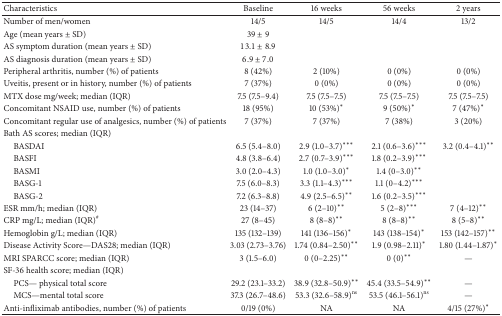
<table><thead><tr><td><b>Characteristics</b></td><td><b>Baseline </b></td><td><b>16 weeks </b></td><td><b>56 weeks </b></td><td><b>2 years </b></td></tr></thead><tbody><tr><td>Number of men/women </td><td>14/5</td><td>14/5</td><td>14/4 </td><td>13/2</td></tr><tr><td>Age (mean years ± SD)</td><td>39 ± 9</td><td> </td><td> </td><td> </td></tr><tr><td>AS symptom duration (mean years ± SD)</td><td>13.1 ± 8.9</td><td> </td><td> </td><td> </td></tr><tr><td>AS diagnosis duration (mean years ± SD)</td><td>6.9 ± 7.0</td><td> </td><td> </td><td> </td></tr><tr><td>Peripheral arthritis, number (%) of patients</td><td>8 (42%)</td><td>2 (10%)</td><td>0 (0%)</td><td>0 (0%)</td></tr><tr><td>Uveitis, present or in history, number (%) of patients</td><td>7 (37%)</td><td>0 (0%)</td><td>0 (0%)</td><td>0 (0%)</td></tr><tr><td>MTX dose mg/week; median (IQR)</td><td>7.5 (7.5–9.4)</td><td>7.5 (7.5–7.5)</td><td>7.5 (7.5–7.5)</td><td>7.5 (7.5–7.5)</td></tr><tr><td>Concomitant NSAID use, number (%) of patients </td><td>18 (95%)</td><td>10 (53%)*</td><td>9 (50%)*</td><td>7 (47%)*</td></tr><tr><td>Concomitant regular use of analgesics, number (%) of patients </td><td>7 (37%)</td><td>7 (37%) </td><td>7 (38%) </td><td>3 (20%)</td></tr><tr><td>Bath AS scores; median (IQR)</td><td> </td><td> </td><td> </td><td> </td></tr><tr><td> BASDAI</td><td>6.5 (5.4–8.0)</td><td>2.9 (1.0–3.7)***</td><td>2.1 (0.6–3.6)***</td><td>3.2 (0.4–4.1)**</td></tr><tr><td> BASFI</td><td>4.8 (3.8–6.4)</td><td>2.7 (0.7–3.9)***</td><td>1.8 (0.2–3.9)***</td><td> </td></tr><tr><td> BASMI</td><td>3.0 (2.0–4.3)</td><td>1.0 (1.0–3.0)*</td><td>1.4 (0–3.0)**</td><td> </td></tr><tr><td> BASG-1</td><td>7.5 (6.0–8.3)</td><td>3.3 (1.1–4.3)***</td><td>1.1 (0–4.2)***</td><td> </td></tr><tr><td> BASG-2</td><td>7.2 (6.3–8.8)</td><td>4.9 (2.5–6.5)**</td><td>1.6 (0.2–3.5)***</td><td> </td></tr><tr><td>ESR mm/h; median (IQR)</td><td>23 (14–37)</td><td>6 (2–10)**</td><td>5 (2–8)***</td><td>7 (4–12)**</td></tr><tr><td>CRP mg/L; median (IQR)<sup>#</sup></td><td>27 (8–45)</td><td>8 (8–8)**</td><td>8 (8–8)**</td><td>8 (5–8)**</td></tr><tr><td>Hemoglobin g/L; median (IQR)</td><td>135 (132–139)</td><td>141 (136–156)*</td><td>143 (138–154)*</td><td>153 (142–157)**</td></tr><tr><td>Disease Activity Score—DAS28; median (IQR)</td><td>3.03 (2.73–3.76)</td><td>1.74 (0.84–2.50)**</td><td>1.9 (0.98–2.11)*</td><td>1.80 (1.44–1.87)*</td></tr><tr><td>MRI SPARCC score; median (IQR) </td><td>3 (1.5–6.0) </td><td>0 (0–2.25)**</td><td>0 (0)**</td><td>—</td></tr><tr><td>SF-36 health score; median (IQR)</td><td> </td><td> </td><td> </td><td> </td></tr><tr><td> PCS— physical total score</td><td>29.2 (23.1–33.2)</td><td>38.9 (32.8–50.9)**</td><td>45.4 (33.5–54.9)**</td><td>—</td></tr><tr><td> MCS—mental total score </td><td>37.3 (26.7–48.6) </td><td>53.3 (32.6–58.9)<sup>ns</sup></td><td>53.5 (46.1–56.1)<sup>ns</sup></td><td>—</td></tr><tr><td>Anti-infliximab antibodies, number (%) of patients </td><td>0/19 (0%)</td><td>NA</td><td>NA</td><td>4/15 (27%)*</td></tr></tbody></table>